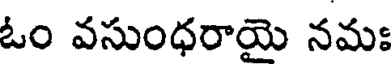
ఓం వసుంధరాయై నమః